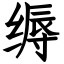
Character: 缛